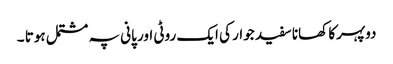
دوپہرکا کھانا سفید جوار کی ایک روٹی اور پانی پہ مشتمل ہوتا ۔